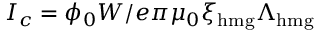
I _ { c } = \phi _ { 0 } W / e \pi \mu _ { 0 } \xi _ { \mathrm { h m g } } \Lambda _ { \mathrm { h m g } }